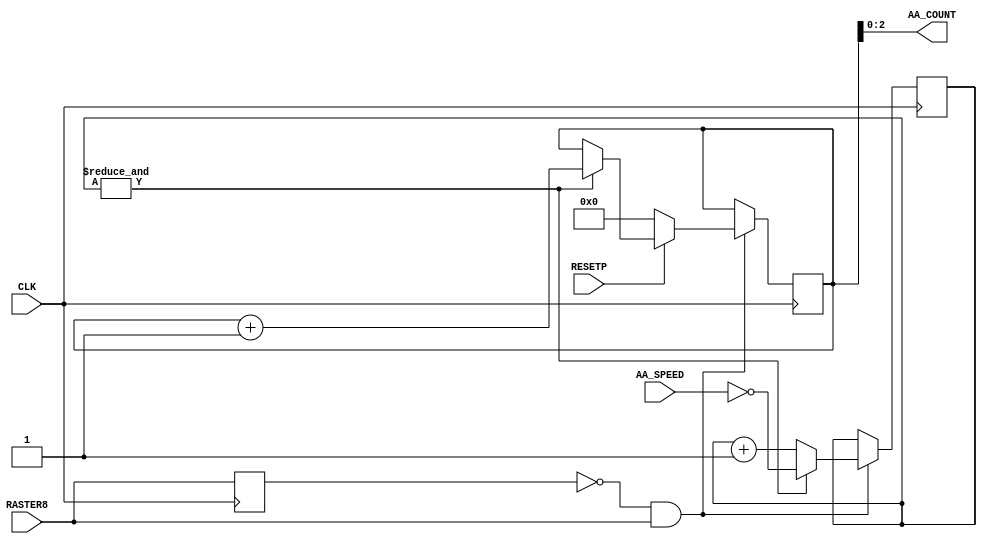
// NeoGeo logic definition
// Copyright (C) 2018 Sean Gonsalves
// Rewrite to fully synchronous logic by (C) 2023 Gyorgy Szombathelyi
//
// This program is free software: you can redistribute it and/or modify
// it under the terms of the GNU General Public License as published by
// the Free Software Foundation, either version 3 of the License, or
// (at your option) any later version.
//
// This program is distributed in the hope that it will be useful,
// but WITHOUT ANY WARRANTY; without even the implied warranty of
// MERCHANTABILITY or FITNESS FOR A PARTICULAR PURPOSE.  See the
// GNU General Public License for more details.
//
// You should have received a copy of the GNU General Public License
// along with this program.  If not, see <https://www.gnu.org/licenses/>.

/* verilator lint_off PINMISSING */

module autoanim_sync(
	input CLK,
	input RASTER8,
	input RESETP,
	input [7:0] AA_SPEED,
	output [2:0] AA_COUNT
);

	wire [3:0] D151_Q;

	//wire B91_CO;
	//wire E117_CO;

	//wire E95A_OUT = ~|{E117_CO, 1'b0};	// Used for test mode
	//wire E149_OUT = ~^{CLK, 1'b0};			// Used for test mode
	
	// Timer counters
	//C43 B91(E149_OUT, ~AA_SPEED[3:0], E95A_OUT, 1'b1, 1'b1, 1'b1, , B91_CO);
	//C43 E117(E149_OUT, ~AA_SPEED[7:4], E95A_OUT, 1'b1, B91_CO, 1'b1, , E117_CO);

	// Auto-anim tile counter
	//C43 D151(E149_OUT, 4'b0000, 1'b1, 1'b1, E117_CO, RESETP, D151_Q);
	
	//assign AA_COUNT = D151_Q[2:0];

	reg [7:0] TIMER_CNT;
	reg [3:0] AA_CNT_FULL;
	always @(posedge CLK) begin : raster_block
		reg RASTER8_d;
		RASTER8_d <= RASTER8;
		if (~RASTER8_d & RASTER8) begin
			if (&TIMER_CNT)
				TIMER_CNT <= ~AA_SPEED;
			else
				TIMER_CNT <= TIMER_CNT + 1'd1;

			if (!RESETP)
				AA_CNT_FULL <= 0;
			else if (&TIMER_CNT)
				AA_CNT_FULL <= AA_CNT_FULL + 1'd1;
		end
	end

	assign AA_COUNT = AA_CNT_FULL[2:0];

endmodule